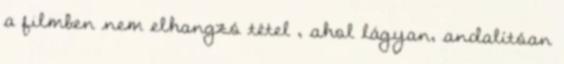
a filmben nem elhangzó tétel , ahol lágyan, andalítóan